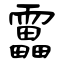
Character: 靁